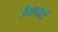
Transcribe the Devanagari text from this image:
गिल्ज़ाई